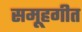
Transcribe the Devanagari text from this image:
समूहगीत